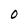
Character: 0